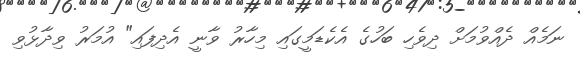
ނަމެއް ދެއްވުމަށް ދިވެހި ބަހުގެ އެކެޑަމީގައި މިހާރު ވާނީ އެދިފައި" އުމަރު ވިދާޅުވި